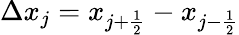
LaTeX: \Delta x_{j}=x_{{j+\frac{1}{2}}}-x_{{j-\frac{1}{2}}}